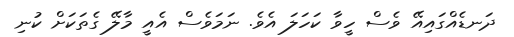
ދަނޑެއްގައިއޭ ވެސް ހީވާ ކަހަލަ އެވެ. ނަމަވެސް އެއީ މާލޭ ގެތަކަށް ކުނި